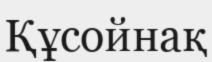
Құсойнақ